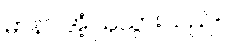
မာနာ အံ့ဩသွားသည်။